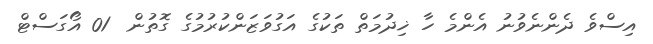
އިސްވެ ދެންނެވުނު އެންމެ ހާ ޚިދުމަތް ތަކުގެ އަގުވަޒަންކުރުމުގެ ގޮތުން  01 އޯގަސްޓް